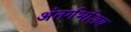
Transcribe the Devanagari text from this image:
अंतर्गर्भाशय